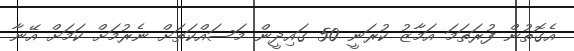
އެގޮތުން ފުރަތަމަ އަމާޒު ކުރަނީ 50 ގައިދީން މަސައްކަތަށް ނެރުމަށް ކަމަށް އޭނާ